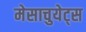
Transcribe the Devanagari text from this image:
मेसाचुयेट्स